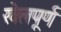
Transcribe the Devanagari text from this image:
खेलपूर्ण